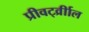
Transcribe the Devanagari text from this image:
प्रीवर्ट्व्रीाल